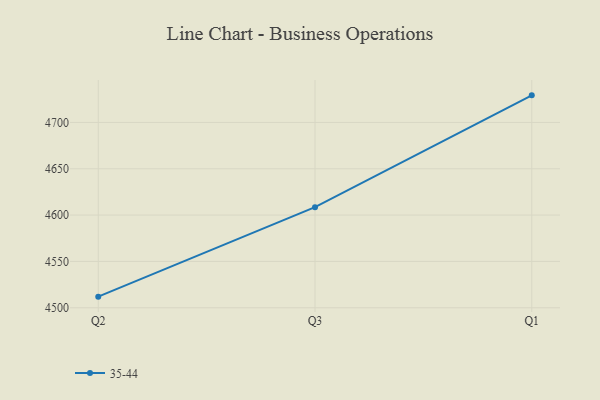
{"axis": {"x": "Quarter", "y": "LTV (USD)"}, "legend": ["35-44"], "data": [{"x": "Q2", "y": 4512.0, "type": "35-44"}, {"x": "Q3", "y": 4608.5, "type": "35-44"}, {"x": "Q1", "y": 4729.2, "type": "35-44"}]}